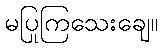
မပြုကြသေးချေ။